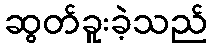
ဆွတ်ခူးခဲ့သည်